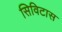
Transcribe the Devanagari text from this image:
सिविटास